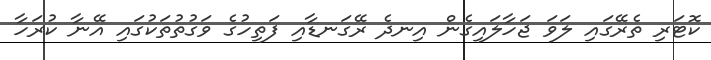
ކޮޓަރި ތެރޭގައި ލަވަ ޖަހާލައިގެން އިނދެ ރޭގަނޑާއި ފަތިހުގެ ވަގުތުތަކުގައި އޭނާ ކުރަހާ